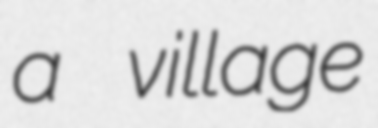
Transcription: a village